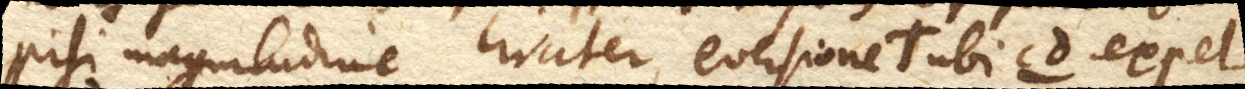
nisi magnitudine circiter, eversione Tubi cd. expel–